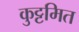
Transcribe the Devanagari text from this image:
कुट्टमित